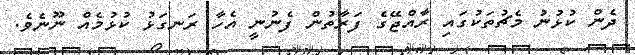
ދެން ކުޅުނު މެޗުތަކުގައި ރާއްޖޭގެ ފަރާތުން ފެނުނީ އެހާ ރަނގަޅު ކުޅުމެއް ނޫނެވެ.